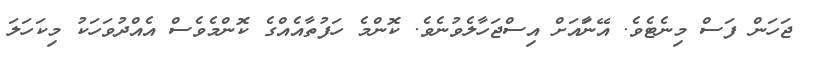
ޖަހަން ފަސް މިނެޓެވެ. އޭނާައަށް އިސްޖަހާލެވުނެވެ. ކޮންމެ ހަފުތާއެއްގެ ކޮންމެވެސް އެއްދުވަހަކު މިކަހަލަ